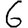
Digit: 6